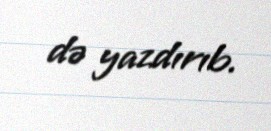
də yazdırıb.